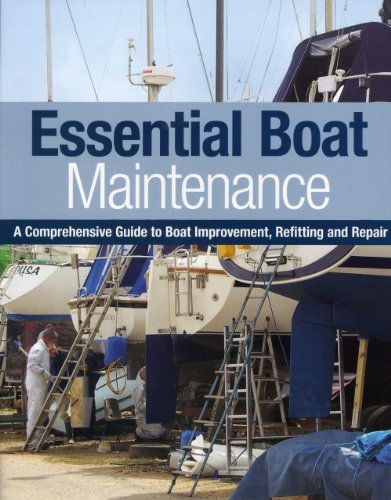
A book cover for Essential Boat Maintenance: A Comprehensive Guide to Boat Improvement, Refitting and Repair; Pat Manley; Engineering & Transportation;